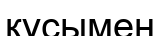
құсымен